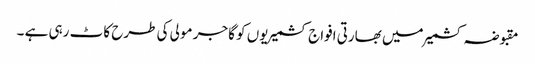
مقبوضہ کشمیر میں بھارتی افواج کشمیریوں کو گاجر مولی کی طرح کاٹ رہی ہے ۔